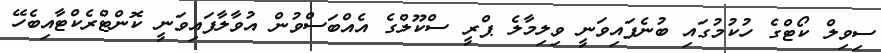
ސިވިލް ކޯޓްގެ ހުކުމުގައި ބުނެފައިވަނީ ވިލިމާލެ ޕްރީ ސްކޫލްގެ އެއްބަސްވުން އުވާލާފައިވަނީ ކޮންޓްރެކްޓާއިބެހޭ